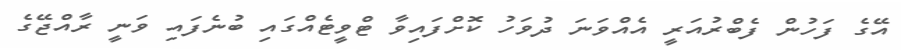
އޭގެ ފަހުން ފެބްރުއަރީ އެއްވަނަ ދުވަހު ކޮށްފައިވާ ޓްވީޓެއްގައި ބުނެފައި ވަނީ ރާއްޖޭގެ